Civil Veterinary Dept. Assam report 1911-1927 - 1911-1927
Year: 1911
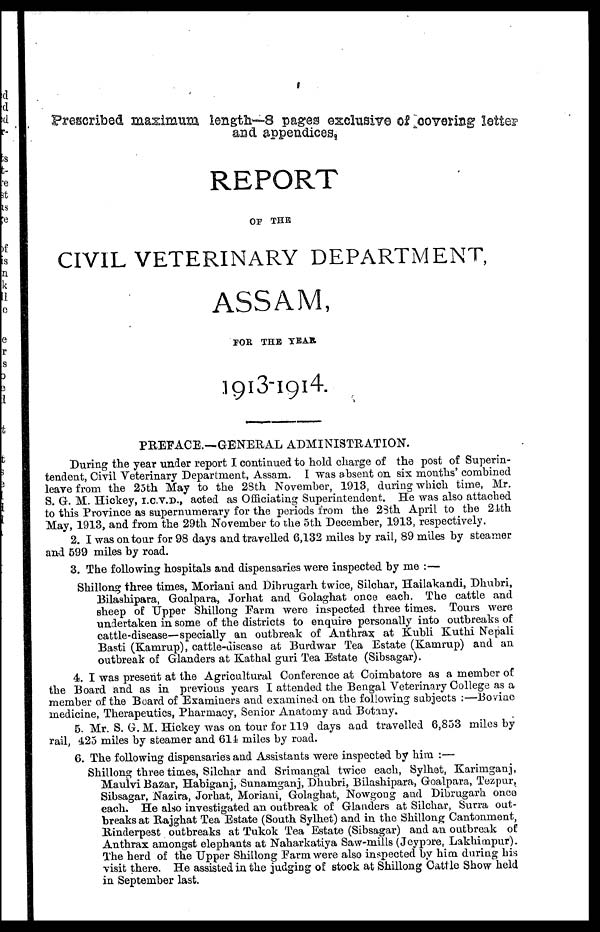
Prescribed maximum length—8 pageg exclusive of "covering letter
and appendices
REPORT
OF THE
CIVIL VETERINARY DEPARTMENT,
ASSAM,
FOR. THE YEAR
1913-1914.
PREFACE.—GBNBRAL ADMINISTRATION.
During the year under report I continued to hold charge of the post of Superin-
tendent, Civil Veterinary Department, Assam. I was absent on six months' combined
leave from the 25th May to the 28th November, 1913, during which time, Mr.
S. G. M. Hickey, I.C.V.D., acted as Officiating Superintendent. He was also attached
to this Province as supernumerary for the periods from the 23th April to the 24th
May, 1913, and from the 29th November to the 5th December, 1913, respectively.
2. I was on tour for 98 days and travelled 6,132 miles by rail, 89 miles by steamer
and 599 miles by road.
3. The following hospitals and dispensaries were inspected by me :—
Shillong three times, Moriani and Dibrugarh twice, Silchar, Hailakandi, Dhubri,
Bilashipara, Goalpara, Jorhat and Golaghat once each. The cattle and
sheep of Upper Shillong Farm were inspected three times. Tours were
undertaken in some of the districts to enquire personally into outbreaks of
cattle-disease—specially an outbreak of Anthrax at Kubli Kuthi Nepali
Basti (Kamrup), cattle-disease at Burdwar Tea Estate (Kamrup) and an
outbreak of Glanders at Kathal guri Tea Estate (Sibsagar).
4. I was present at the Agricultural Conference at Coimbatore as a member of
the Board and as in previous years I attended the Bengal Veterinary College as a
member of the Board of Examiners and examined on the following subjects :—Bovine
medicine, Therapeutics, Pharmacy, Senior Anatomy and Botany.
5. Mr. S. G. M. Hickey was on tour for 119 days and travelled 6,853 miles by
rail, 425 miles by steamer and 614 miles by road.
6. The following dispensaries and Assistants were inspected by him :—
Shillong three times, Silchar and Srimangal twice each, Sylhet, Karimganj,
Maulvi Bazar, Habiganj, Sunamganj, Dhubri, Bilashipara, Goalpara, Tezpur,
Sibsagar, Nazira, Jorhat, Moriani, Golaghat, Nowgong and Dibrugarh once
each. He also investigated an outbreak of Glanders at Silchar, Surra out-
breaks at Rajghat Tea Estate (South Sylhet) and in the Shillong Cantonment,
Rinderpest outbreaks at Tukok Tea Estate (Sibsagar) and an outbreak of
Anthrax amongst elephants at Naharkatiya Saw-mills (Jeypore, Lakhimpur).
The herd of the Upper Shillong Farm were also inspected by him during his
visit there. He assisted in the judging of stock at Shillong Cattle Show held
in September last.